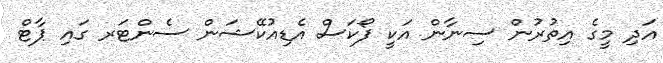
އަދި މީގެ އިތުރުން ސިނާން އަކީ ފޯކަސް އެޑިއުކޭޝަން ސެންޓަރ ގައި ޕާޓް